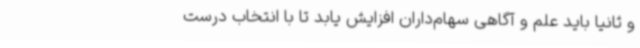
و ثانیا باید علم و آگاهی سهام‌داران افزایش یابد تا با انتخاب درست